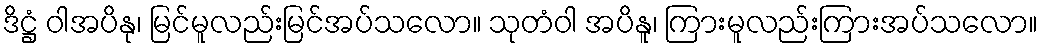
ဒိဋ္ဌံ ဝါအပိနု၊ မြင်မူလည်းမြင်အပ်သလော။ သုတံဝါ အပိနူ၊ ကြားမူလည်းကြားအပ်သလော။